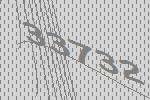
33732